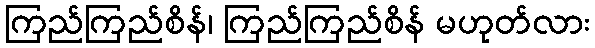
ကြည်ကြည်စိန်၊ ကြည်ကြည်စိန် မဟုတ်လား